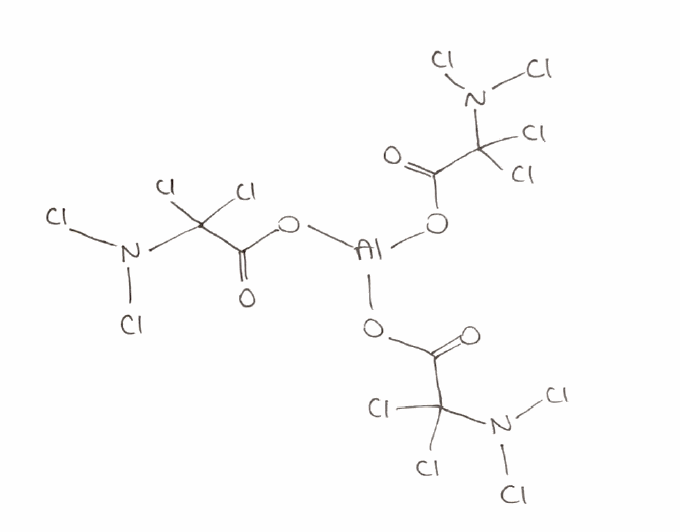
Simplified molecular-input line-entry system (SMILES) notation of the given molecule:
C(=O)(C(N(Cl)Cl)(Cl)Cl)O[Al](OC(=O)C(N(Cl)Cl)(Cl)Cl)OC(=O)C(N(Cl)Cl)(Cl)Cl